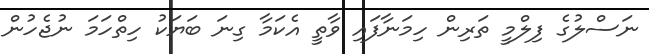
ނަސްލުގެ ފިލްމީ ތަރިން ހިމަނާފައި ވާތީ އެކަމާ ގިނަ ބަޔަކު ހިތްހަމަ ނުޖެހުން